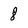
Character: 8